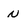
Character: n